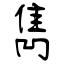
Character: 雋